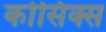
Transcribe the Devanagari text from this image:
कोसिक्स